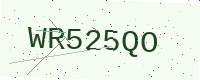
Text: WR525QO